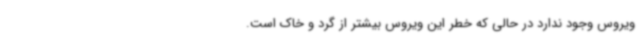
ویروس وجود ندارد در حالی که خطر این ویروس بیشتر از گرد و خاک است.